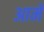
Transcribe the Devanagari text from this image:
आमे